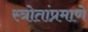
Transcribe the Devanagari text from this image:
स्त्रोतांप्रमाणे